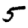
Digit: 5